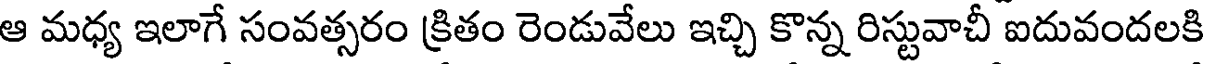
ఆ మధ్య ఇలాగే సంవత్సరం క్రితం రెండువేలు ఇచ్చి కొన్న రిస్టువాచీ ఐదువందలకి